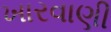
ખારવાણી